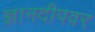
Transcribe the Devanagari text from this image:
ज्ञानदीपवर